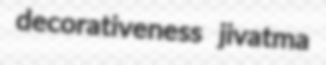
decorativeness jivatma